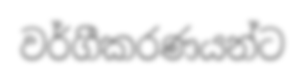
වර්ගීකරණයන්ට